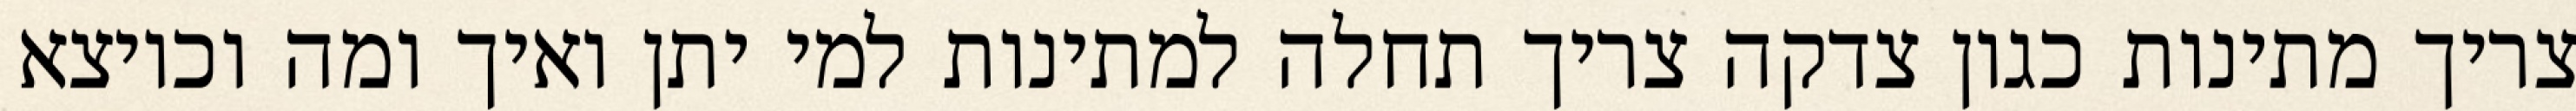
צריך מתינות כגון צדקה צריך תחלה למתינות למי יתן ואיך ומה וכיוצא